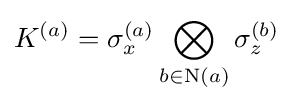
K^{(a)}=\sigma _{x}^{(a)}\bigotimes _{b\in \mathrm {N} (a)}\sigma _{z}^{(b)}